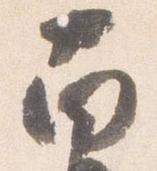
南